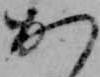
か